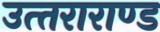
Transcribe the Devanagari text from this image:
उत्‍तराराण्‍ड